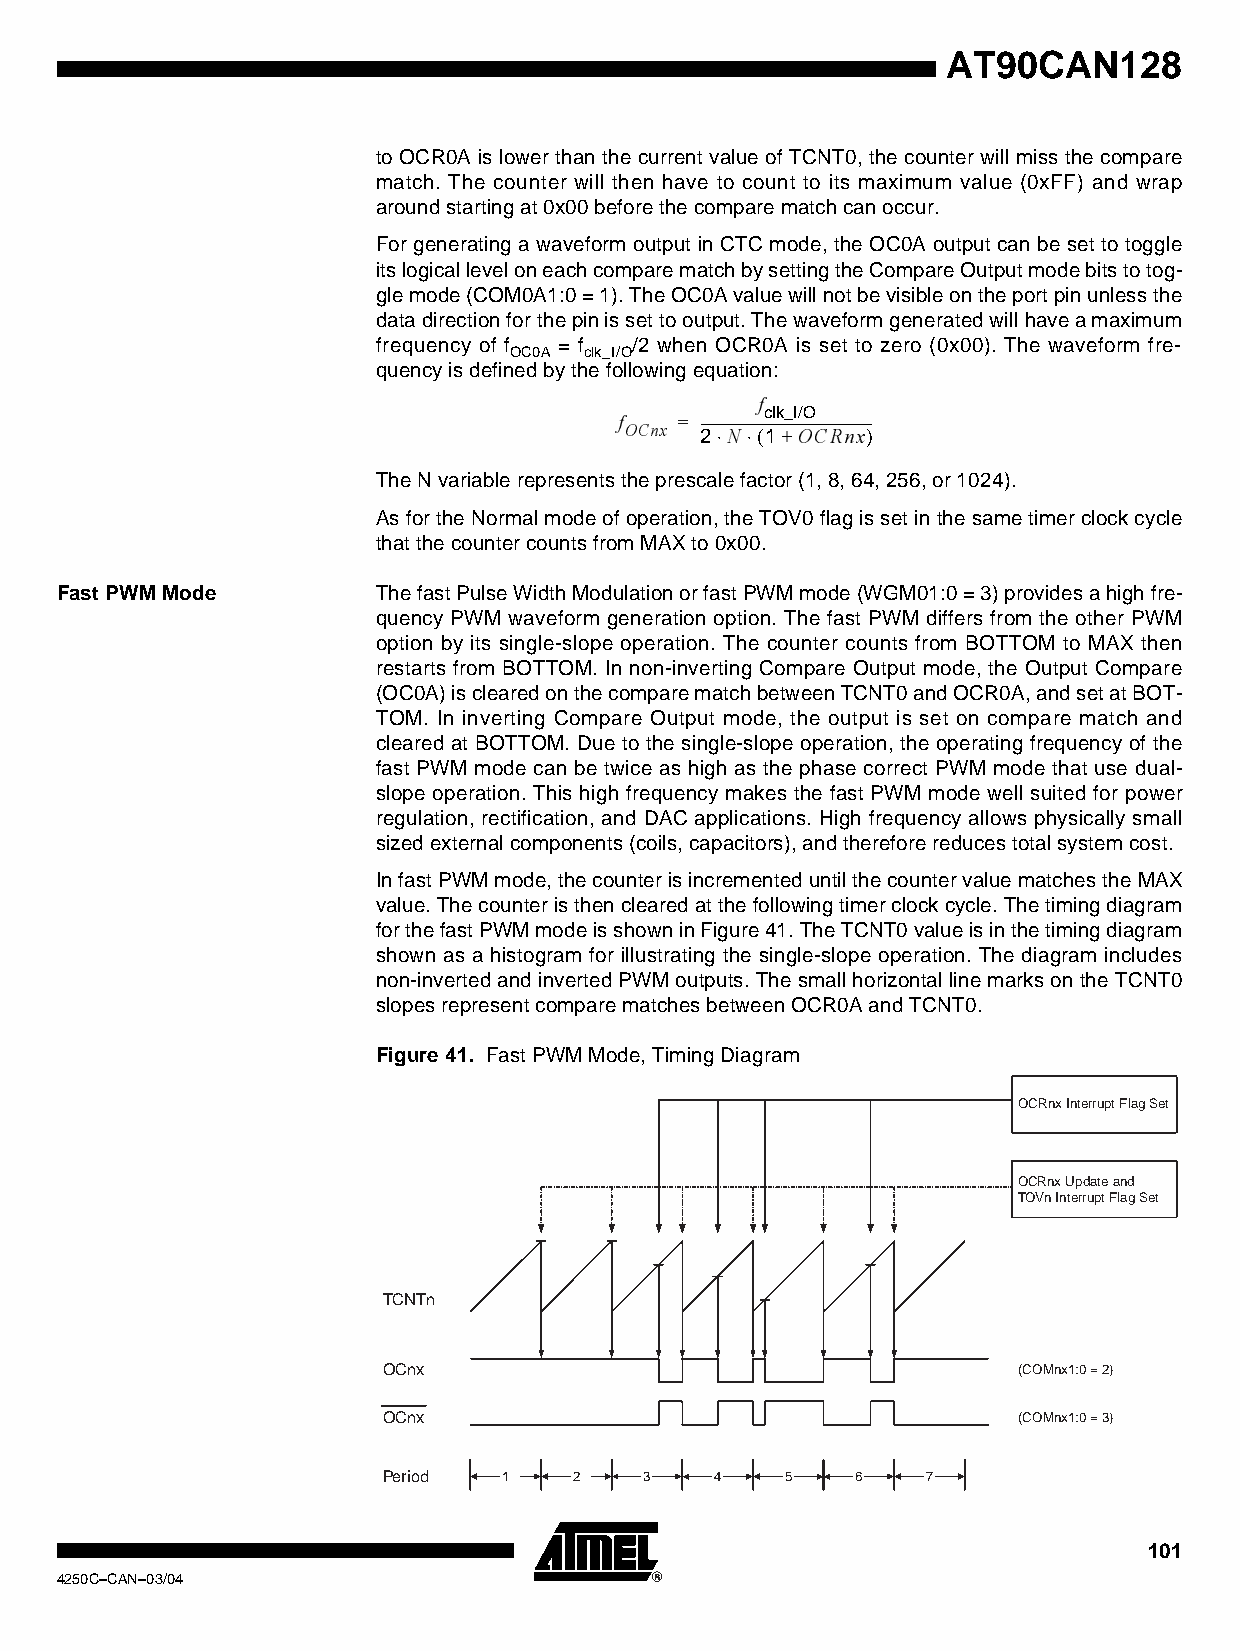
AT90CAN128
 to OCR0A is lower than the current value of TCNT0, the counter will miss the compare
 match. The counter will then have to count to its maximum value (0xFF) and wrap
 around starting at 0x00 before the compare match can occur.
 For generating a waveform output in CTC mode, the OC0A output can be set to toggle
 its logical level on each compare match by setting the Compare Output mode bits to tog-
 gle mode (COM0A1:0 = 1). The OC0A value will not be visible on the port pin unless the
 data direction for the pin is set to output. The waveform generated will have a maximum
 frequency of f = f /2 when OCR0A is set to zero (0x00). The waveform fre-
 OC0A clk_I/O
 quency is defined by the following equation:
 f
 f   = --------------------------------------------------
 OCnx   N  clk+_I/OOCRnx
 2⋅ ⋅(1     )
 The N variable represents the prescale factor (1, 8, 64, 256, or 1024).
 As for the Normal mode of operation, the TOV0 flag is set in the same timer clock cycle
 that the counter counts from MAX to 0x00.
 Fast PWM Mode        The fast Pulse Width Modulation or fast PWM mode (WGM01:0 = 3) provides a high fre-
 quency PWM waveform generation option. The fast PWM differs from the other PWM
 option by its single-slope operation. The counter counts from BOTTOM to MAX then
 restarts from BOTTOM. In non-inverting Compare Output mode, the Output Compare
 (OC0A) is cleared on the compare match between TCNT0 and OCR0A, and set at BOT-
 TOM. In inverting Compare Output mode, the output is set on compare match and
 cleared at BOTTOM. Due to the single-slope operation, the operating frequency of the
 fast PWM mode can be twice as high as the phase correct PWM mode that use dual-
 slope operation. This high frequency makes the fast PWM mode well suited for power
 regulation, rectification, and DAC applications. High frequency allows physically small
 sized external components (coils, capacitors), and therefore reduces total system cost.
 In fast PWM mode, the counter is incremented until the counter value matches the MAX
 value. The counter is then cleared at the following timer clock cycle. The timing diagram
 for the fast PWM mode is shown in Figure 41. The TCNT0 value is in the timing diagram
 shown as a histogram for illustrating the single-slope operation. The diagram includes
 non-inverted and inverted PWM outputs. The small horizontal line marks on the TCNT0
 slopes represent compare matches between OCR0A and TCNT0.
 Figure 41. Fast PWM Mode, Timing Diagram
 OCRnx Interrupt Flag Set
 OCRnx Update and
 TOVn Interrupt Flag Set
 TCNTn
 OCnx                                      (COMnx1:0 = 2)
 OCnx                                      (COMnx1:0 = 3)
 Period  1    2    3   4    5    6   7
 101
 4250C–CAN–03/04